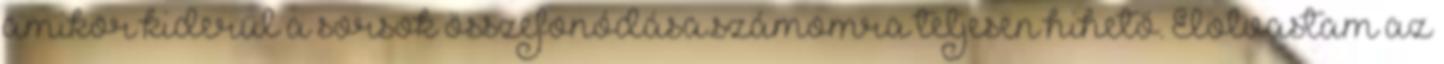
amikor kiderül a sorsok összefonódása.számomra teljesen hihető. Elolvastam az